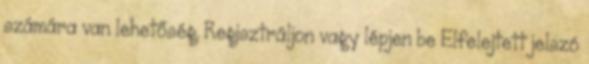
számára van lehetőség. Regisztráljon vagy lépjen be Elfelejtett jelszó